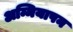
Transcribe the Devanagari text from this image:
अम्मियापन